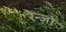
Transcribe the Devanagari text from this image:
रेन्ज़ो